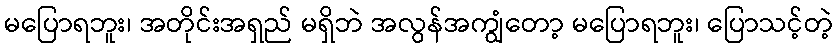
မပြောရဘူး၊ အတိုင်းအရှည် မရှိဘဲ အလွန်အကျွံတော့ မပြောရဘူး၊ ပြောသင့်တဲ့